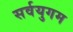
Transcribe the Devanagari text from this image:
सर्वयुगम